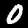
Digit: 0